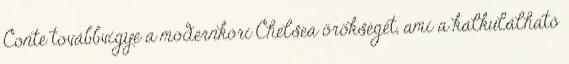
Conte továbbvigye a modernkori Chelsea örökségét, ami a kalkulálható